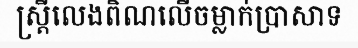
ស្ត្រីលេងពិណលើចម្លាក់ប្រាសាទ